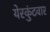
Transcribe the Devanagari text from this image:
येरकुंटवार